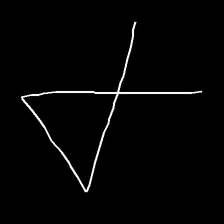
Glyph: collection